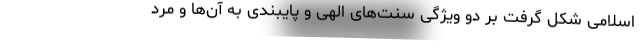
اسلامی شکل گرفت بر دو ویژگی سنت‌های الهی و پایبندی به آن‌ها و مرد